Leaving Certificate Examination (including Day School Certificate (Higher) General paper), 1935
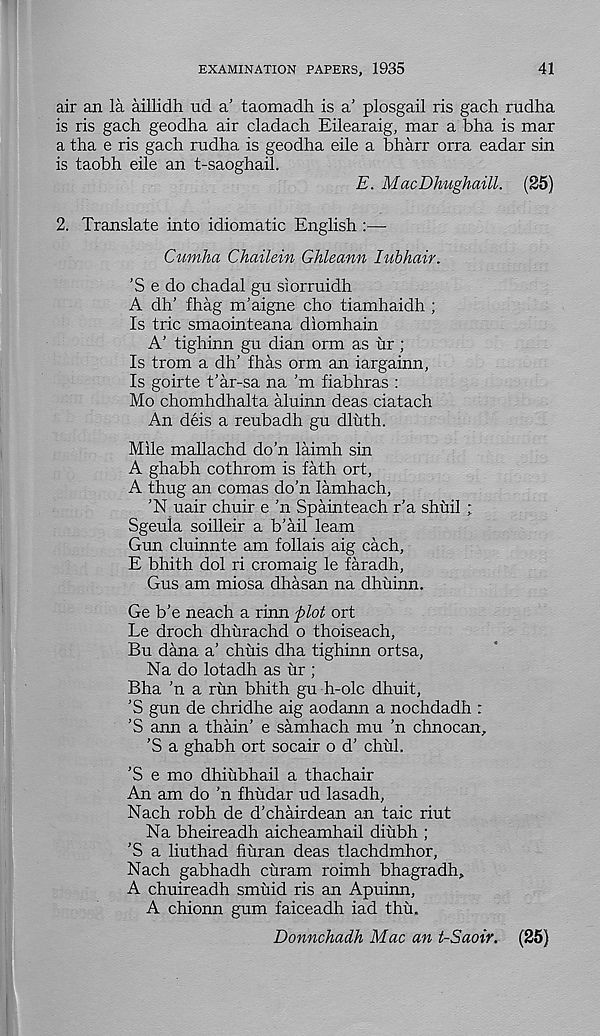
EXAMINATION PAPERS, 1935
41
air an la aillidh ud a’ taomadh is a’ plosgail ris gach rudha
is ris gach geodha air cladach Eilearaig, mar a bha is mar
a tha e ris gach rudha is geodha eile a bharr orra eadar sin
is taobh eile an t-saoghail.
E. MacDhughaill. (25)
2. Translate into idiomatic English :—■
Cumha Chailein Ghleann lubhair.
’S e do chadal gu siorruidh
A did fhag m’aigne cho tiamhaidh ;
Is trie smaointeana diomhain
A’ tighinn gu dian orm as ur ;
Is trom a dh’ fhas orm an iargainn,
Is goirte t’ar-sa na’m fiabhras :
Mo chomhdhalta aluinn deas ciatach
An deis a reubadh gu dluth.
Mile mallachd do’n laimh sin
A ghabh cothrom is fath ort,
A thug an comas do’n lamhach,
’N uair chuir e ’n Spainteach r’a shuil ;
Sgeula soilleir a b’ail learn
Gun cluinnte am follais aig each,
E bhith dol ri cromaig le faradh,
Gus am miosa dhasan na dhuinn.
Ge b’e neach a rinn plot ort
Le droch dhurachd o thoiseach,
Bu dana a’ chuis dha tighinn ortsa,
Na do lotadh as ur ;
Bha ’n a rim bhith gu h-olc dhuit,
’S gun de chridhe aig aodann a nochdadh :
’S ann a thain’ e samhach mu ’n chnocan,
’S a ghabh ort socair o d’ chul.
’S e mo dhiubhail a thachair
An am do ’n fhudar ud lasadh,
Nach robh de d’chairdean an taic riut
Na bheireadh aicheamhail diubh ;
’S a liuthad fiuran deas tlachdmhor,
Nach gabhadh curam roimh bhagradh,
A chuireadh smuid ris an Apuinn,
A chionn gum faiceadh iad thu.
Donnchadh Mac an t-Saoir. (25)